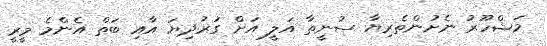
މަޝްހޫރު ނެށުންތެރިޔާ ސުނީތާ އަލީ އަށް ގަރުދިޔަ އާއި ބަތް އެންމެ މީރީ